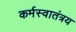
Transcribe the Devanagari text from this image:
कर्मस्वातंत्रय